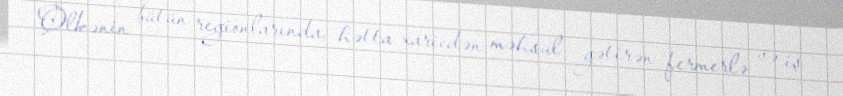
Ölkənin bütün regionlarında, hətta xaricdən məhsul gətirən fermerlə və iş